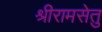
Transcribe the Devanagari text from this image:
श्रीरामसेतु